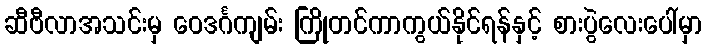
ဆီဗီလာအသင်းမှ ဝေဒင်္ဂကျမ်း ကြိုတင်ကာကွယ်နိုင်ရန်နှင့် စားပွဲလေးပေါ်မှာ